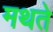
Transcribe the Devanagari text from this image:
मथते